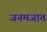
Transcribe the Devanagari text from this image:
जनमजात